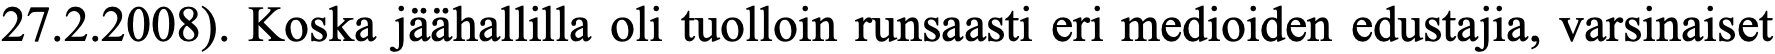
27.2.2008). Koska jäähallilla oli tuolloin runsaasti eri medioiden edustajia, varsinaiset